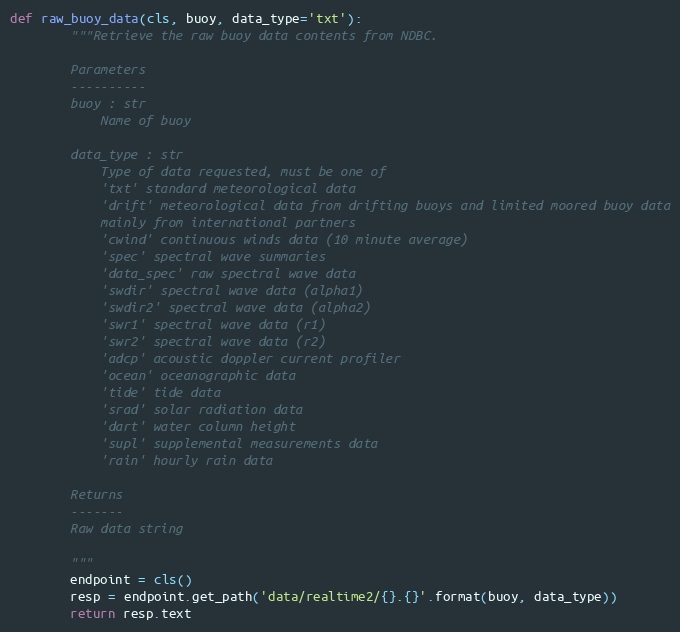
Language: Python
def raw_buoy_data(cls, buoy, data_type='txt'):
        """Retrieve the raw buoy data contents from NDBC.

        Parameters
        ----------
        buoy : str
            Name of buoy

        data_type : str
            Type of data requested, must be one of
            'txt' standard meteorological data
            'drift' meteorological data from drifting buoys and limited moored buoy data
            mainly from international partners
            'cwind' continuous winds data (10 minute average)
            'spec' spectral wave summaries
            'data_spec' raw spectral wave data
            'swdir' spectral wave data (alpha1)
            'swdir2' spectral wave data (alpha2)
            'swr1' spectral wave data (r1)
            'swr2' spectral wave data (r2)
            'adcp' acoustic doppler current profiler
            'ocean' oceanographic data
            'tide' tide data
            'srad' solar radiation data
            'dart' water column height
            'supl' supplemental measurements data
            'rain' hourly rain data

        Returns
        -------
        Raw data string

        """
        endpoint = cls()
        resp = endpoint.get_path('data/realtime2/{}.{}'.format(buoy, data_type))
        return resp.text